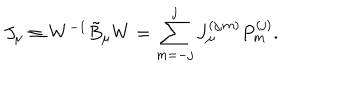
J _ { \mu } \equiv W ^ { - 1 } \tilde { B } _ { \mu } W = \sum _ { m = - j } ^ { j } J _ { \mu } ^ { ( j , m ) } P _ { m } ^ { ( j ) } .